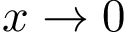
x \rightarrow 0